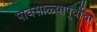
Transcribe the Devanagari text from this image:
पावसाळ्यापूर्वीचा